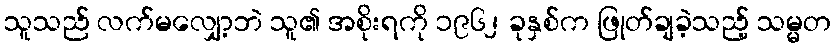
သူသည် လက်မလျှော့ဘဲ သူ၏ အစိုးရကို ၁၉၆၂ ခုနှစ်က ဖြုတ်ချခဲ့သည့် သမ္မတ